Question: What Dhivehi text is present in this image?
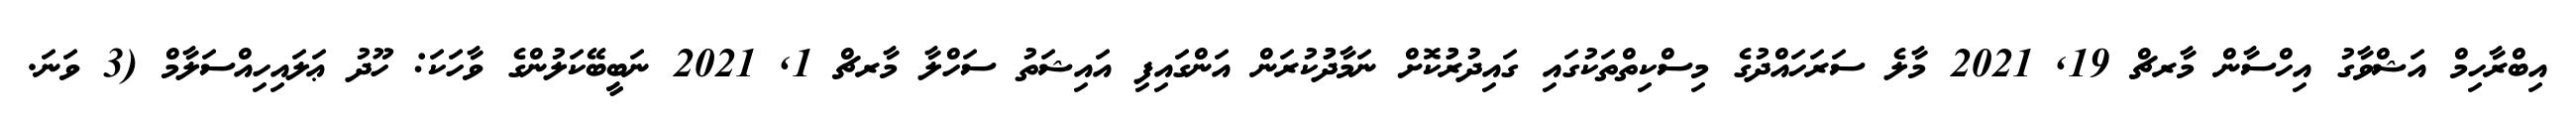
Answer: އިބްރާހިމް އަޝްވާގު އިހްސާން މާރޗް 19, 2021 މާލެ ސަރަހައްދުގެ މިސްކިތްތަކުގައި ގައިދުރުުކޮށް ނަމާދުުކުރަން އަންގައިފި އައިޝަތު ސަހްލާ މާރޗް 1, 2021 ނަބީބޭކަލުންގެ ވާހަކަ: ހޫދު ޢަލައިހިއްސަލާމް (3 ވަނަ.